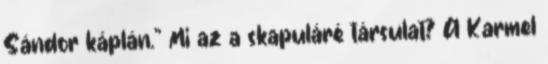
Sándor káplán." Mi az a skapuláré társulat? A Karmel